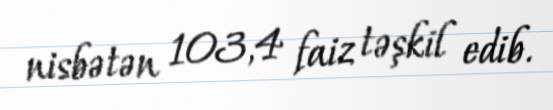
nisbətən 103,4 faiz təşkil edib.